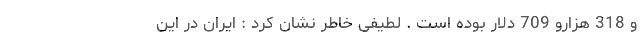
و 318 هزارو 709 دلار بوده است . لطیفی خاطر نشان کرد : ایران در این